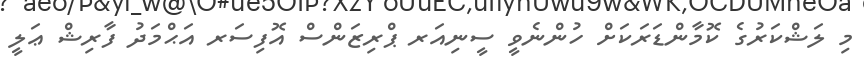
މި ލަޝްކަރުގެ ކޮމާންޑަރަކަށް ހުންނެވީ ސީނިއަރ ޕްރިޒަންސް އޮފިސަރ އަޙްމަދު ފާރިޝް ޢަލީ